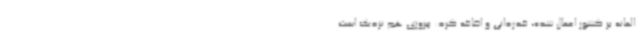
المانه بر کشور اعمال شده، قدردانی و اضافه کرد: پیروزی هم نزدیک است